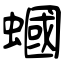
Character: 蟈